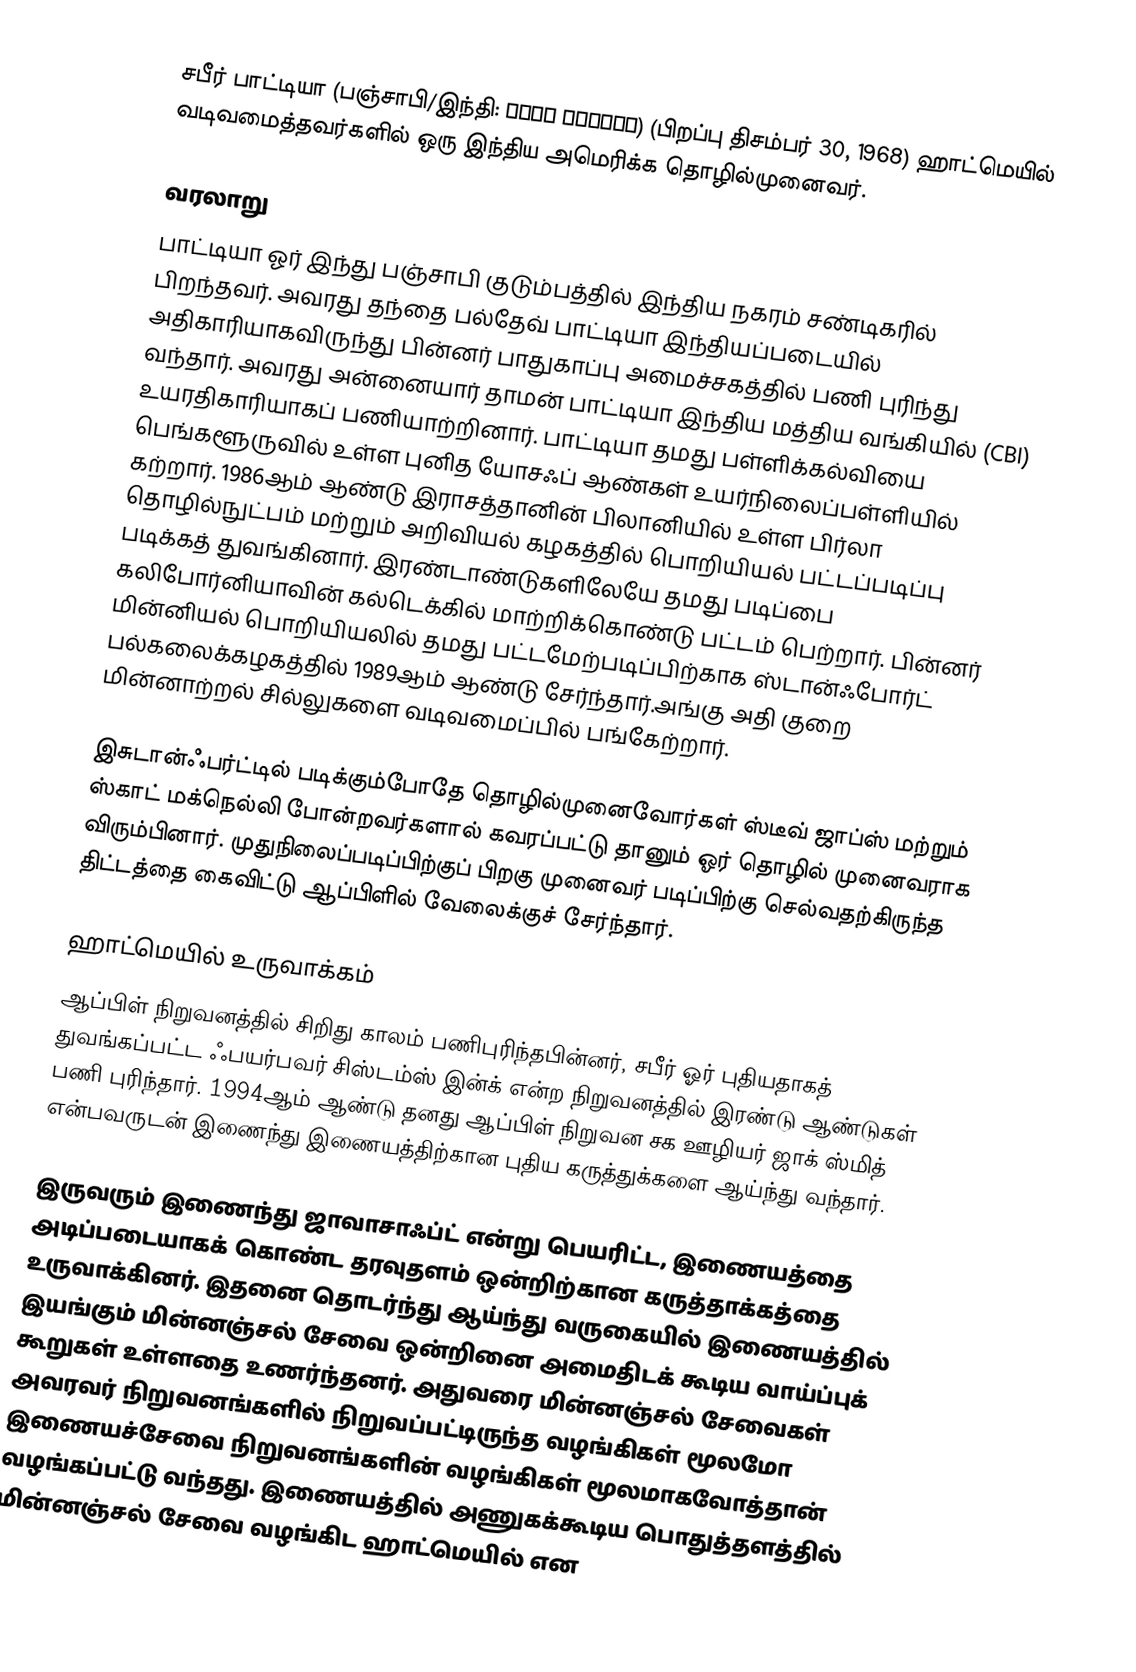
சபீர் பாட்டியா (பஞ்சாபி/இந்தி: सबीर भाटिया)  (பிறப்பு திசம்பர் 30,  1968) ஹாட்மெயில் வடிவமைத்தவர்களில் ஒரு இந்திய அமெரிக்க தொழில்முனைவர்.

வரலாறு
பாட்டியா ஓர் இந்து பஞ்சாபி குடும்பத்தில் இந்திய நகரம் சண்டிகரில் பிறந்தவர். அவரது தந்தை பல்தேவ் பாட்டியா இந்தியப்படையில் அதிகாரியாகவிருந்து பின்னர் பாதுகாப்பு அமைச்சகத்தில் பணி புரிந்து வந்தார். அவரது அன்னையார் தாமன் பாட்டியா இந்திய மத்திய வங்கியில் (CBI) உயரதிகாரியாகப் பணியாற்றினார்.  பாட்டியா தமது பள்ளிக்கல்வியை பெங்களூருவில் உள்ள புனித யோசஃப் ஆண்கள் உயர்நிலைப்பள்ளியில் கற்றார். 1986ஆம் ஆண்டு இராசத்தானின் பிலானியில் உள்ள பிர்லா தொழில்நுட்பம் மற்றும் அறிவியல் கழகத்தில் பொறியியல் பட்டப்படிப்பு படிக்கத் துவங்கினார். இரண்டாண்டுகளிலேயே தமது படிப்பை கலிபோர்னியாவின் கல்டெக்கில் மாற்றிக்கொண்டு பட்டம் பெற்றார். பின்னர் மின்னியல் பொறியியலில் தமது பட்டமேற்படிப்பிற்காக ஸ்டான்ஃபோர்ட் பல்கலைக்கழகத்தில் 1989ஆம் ஆண்டு சேர்ந்தார்.அங்கு அதி குறை மின்னாற்றல் சில்லுகளை வடிவமைப்பில் பங்கேற்றார்.

இசுடான்ஃபர்ட்டில் படிக்கும்போதே தொழில்முனைவோர்கள் ஸ்டீவ் ஜாப்ஸ் மற்றும் ஸ்காட் மக்நெல்லி போன்றவர்களால் கவரப்பட்டு தானும் ஓர் தொழில் முனைவராக விரும்பினார். முதுநிலைப்படிப்பிற்குப் பிறகு முனைவர் படிப்பிற்கு செல்வதற்கிருந்த திட்டத்தை கைவிட்டு ஆப்பிளில் வேலைக்குச் சேர்ந்தார்.

ஹாட்மெயில் உருவாக்கம்
ஆப்பிள் நிறுவனத்தில் சிறிது காலம் பணிபுரிந்தபின்னர், சபீர் ஓர் புதியதாகத் துவங்கப்பட்ட ஃபயர்பவர் சிஸ்டம்ஸ் இன்க் என்ற நிறுவனத்தில் இரண்டு ஆண்டுகள் பணி புரிந்தார். 1994ஆம் ஆண்டு தனது ஆப்பிள் நிறுவன சக ஊழியர் ஜாக் ஸ்மித் என்பவருடன் இணைந்து இணையத்திற்கான புதிய கருத்துக்களை ஆய்ந்து வந்தார்.

இருவரும் இணைந்து ஜாவாசாஃப்ட் என்று பெயரிட்ட, இணையத்தை அடிப்படையாகக் கொண்ட தரவுதளம் ஒன்றிற்கான கருத்தாக்கத்தை உருவாக்கினர். இதனை தொடர்ந்து ஆய்ந்து வருகையில் இணையத்தில் இயங்கும் மின்னஞ்சல் சேவை ஒன்றினை அமைதிடக் கூடிய வாய்ப்புக் கூறுகள் உள்ளதை உணர்ந்தனர். அதுவரை மின்னஞ்சல் சேவைகள் அவரவர் நிறுவனங்களில் நிறுவப்பட்டிருந்த வழங்கிகள் மூலமோ இணையச்சேவை நிறுவனங்களின் வழங்கிகள் மூலமாகவோத்தான் வழங்கப்பட்டு வந்தது. இணையத்தில் அணுகக்கூடிய பொதுத்தளத்தில் மின்னஞ்சல் சேவை வழங்கிட ஹாட்மெயில் என